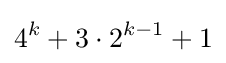
4^{k}+3\cdot 2^{k-1}+1